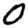
Digit: 0